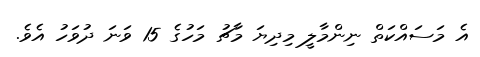
އެ މަސައްކަތް ނިންމާލީ މިދިޔަ މާޗު މަހުގެ 15 ވަނަ ދުވަހު އެވެ.